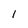
Character: l